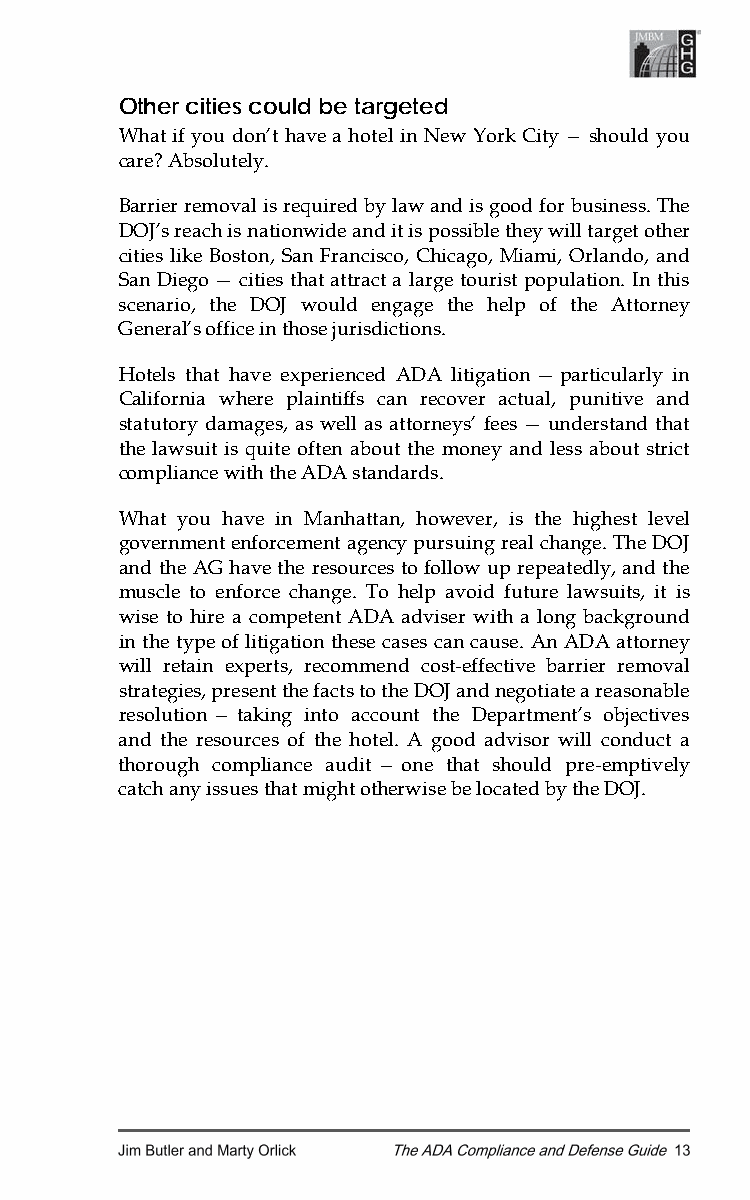
Other cities could be targeted
 What if you don’t have a hotel in New York City — should you
 care? Absolutely.
 Barrier removal is required by law and is good for business. The
 DOJ’s reach is nationwide and it is possible they will target other
 cities like Boston, San Francisco, Chicago, Miami, Orlando, and
 San Diego — cities that attract a large tourist population. In this
 scenario, the DOJ would engage the help of the Attorney
 General’s office in those jurisdictions.
 Hotels that have experienced ADA litigation — particularly in
 California where plaintiffs can recover actual, punitive and
 statutory damages, as well as attorneys’ fees — understand that
 the lawsuit is quite often about the money and less about strict
 compliance with the ADA standards.
 What you have in Manhattan, however, is the highest level
 government enforcement agency pursuing real change. The DOJ
 and the AG have the resources to follow up repeatedly, and the
 muscle to enforce change. To help avoid future lawsuits, it is
 wise to hire a competent ADA adviser with a long background
 in the type of litigation these cases can cause. An ADA attorney
 will retain experts, recommend cost-effective barrier removal
 strategies, present the facts to the DOJ and negotiate a reasonable
 resolution — taking into account the Department’s objectives
 and the resources of the hotel. A good advisor will conduct a
 thorough compliance audit — one that should pre-emptively
 catch any issues that might otherwise be located by the DOJ.